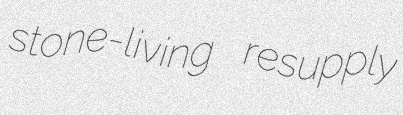
stone-living resupply